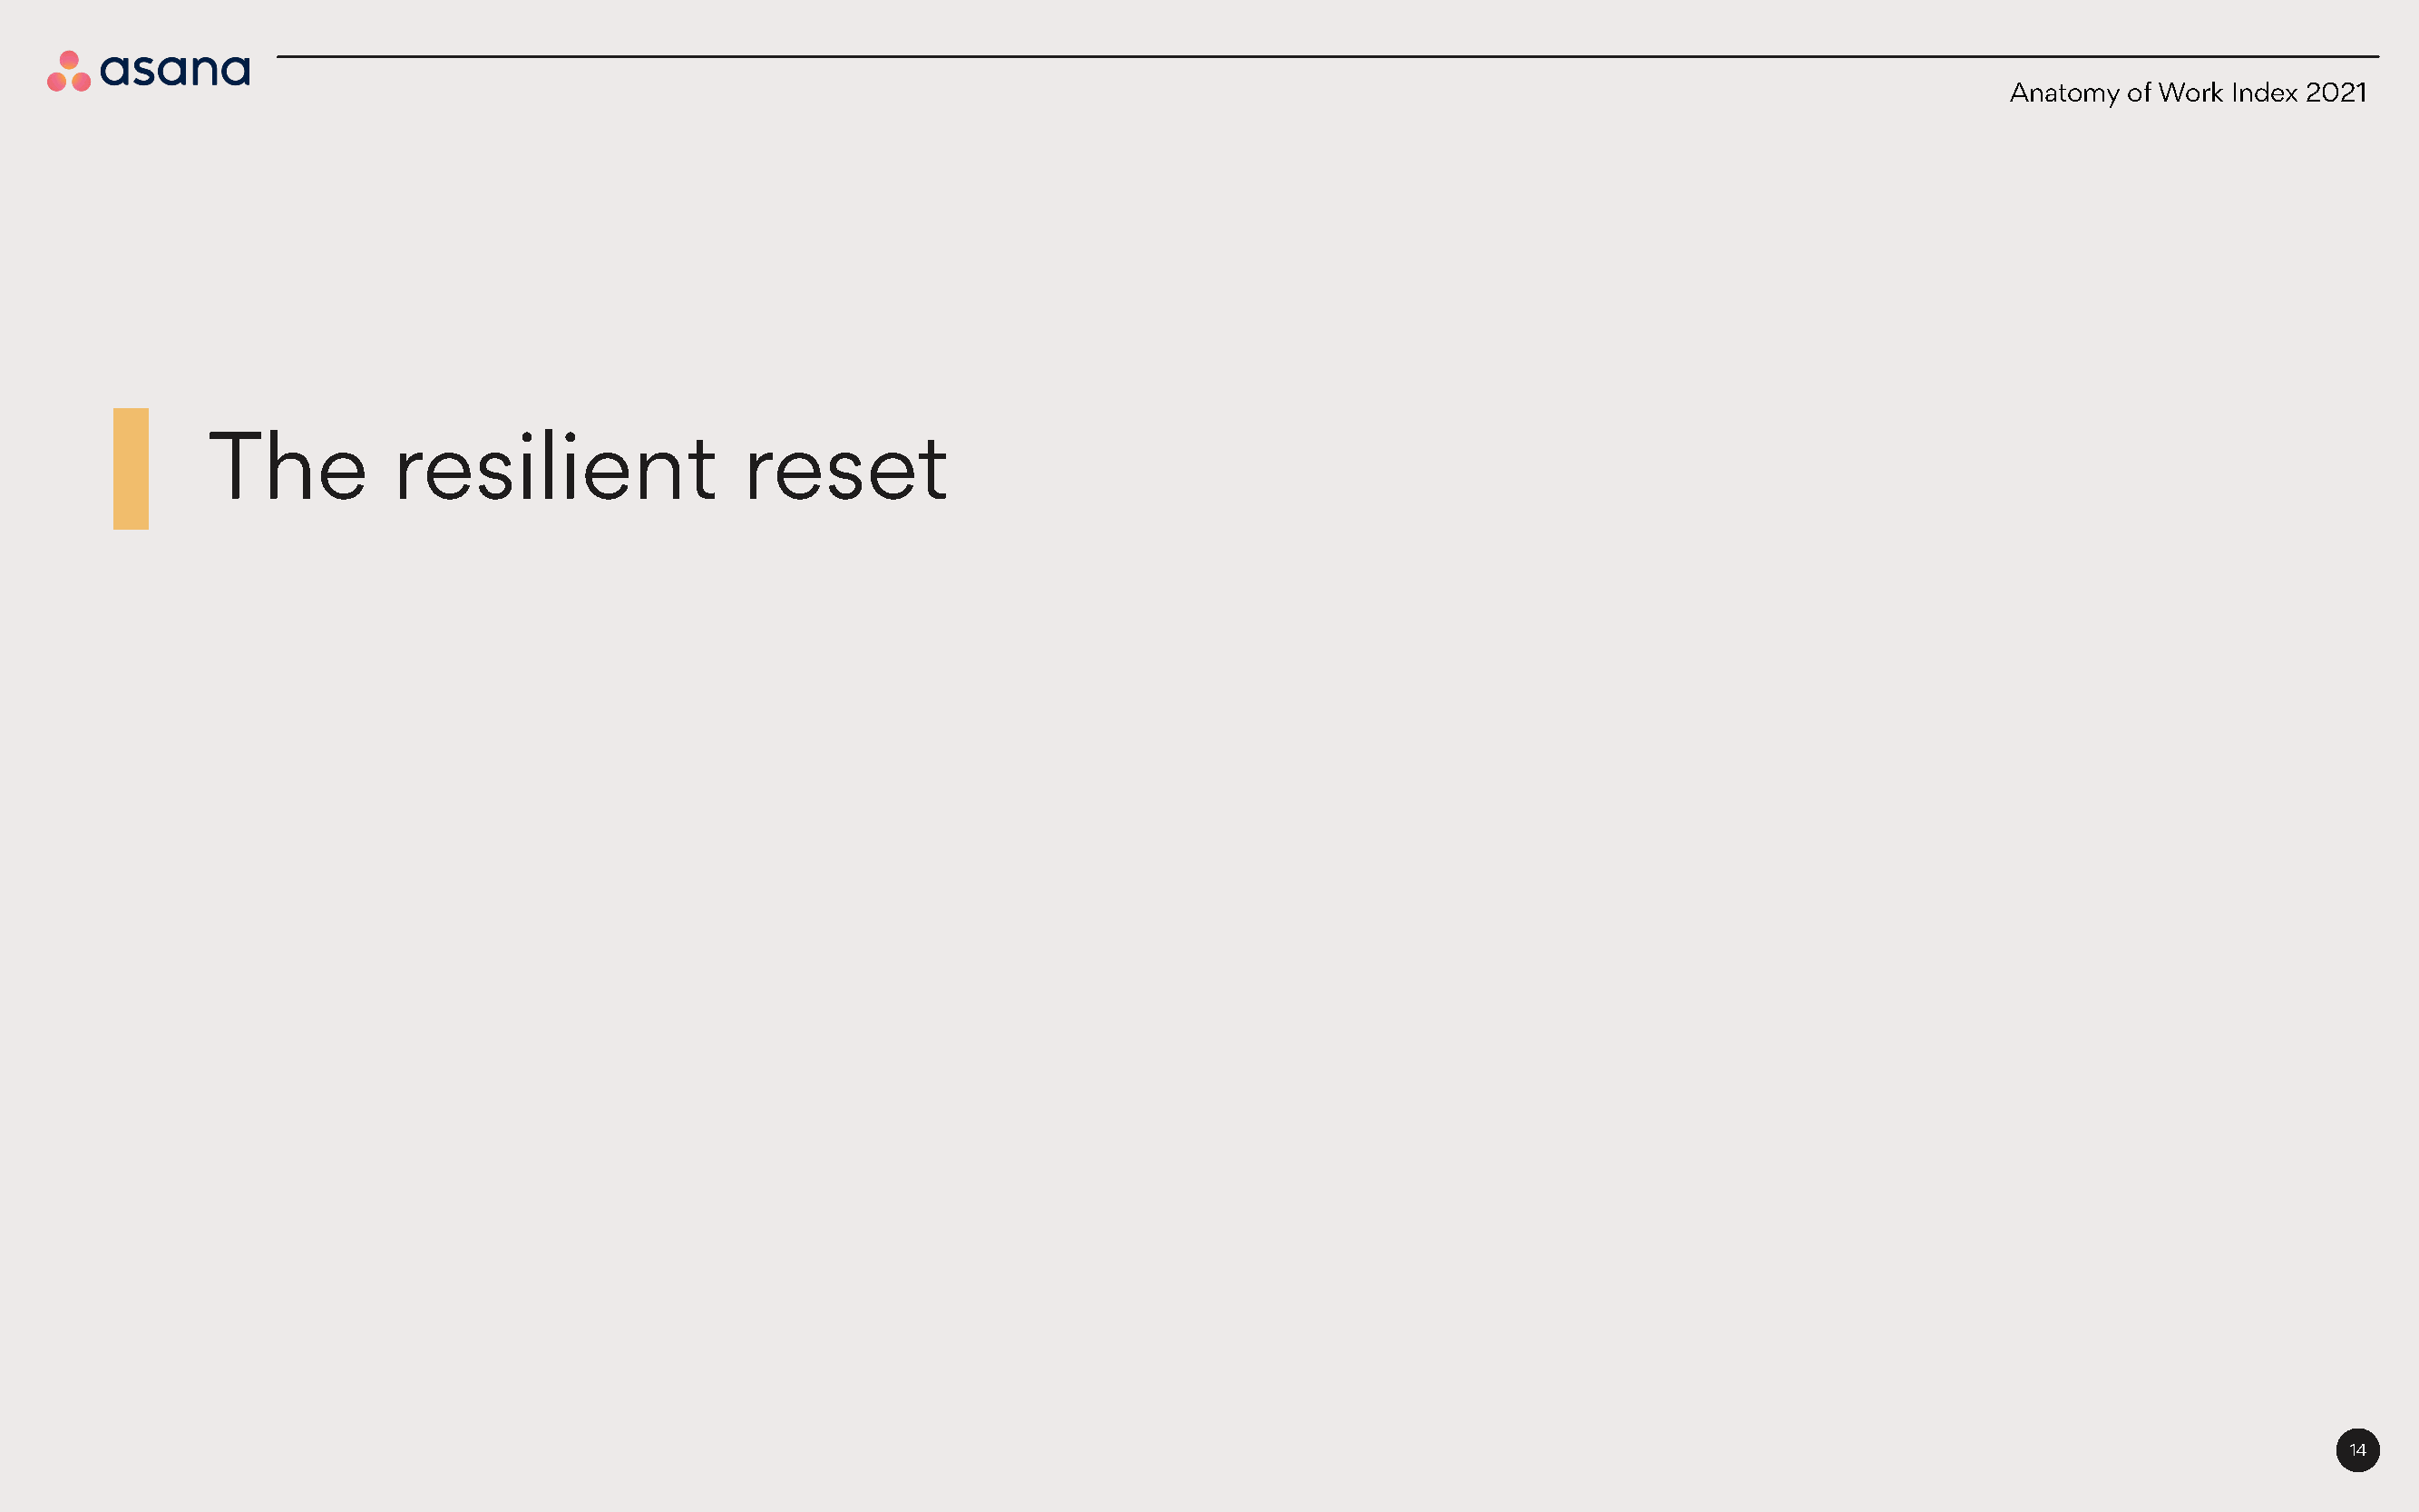
Anatomy of Work Index 2021
 The           resilient                reset
 14